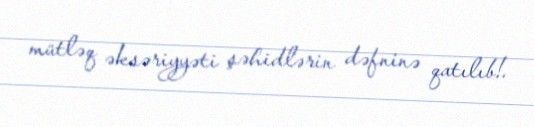
mütləq əksəriyyəti şəhidlərin dəfninə qatılıb!.